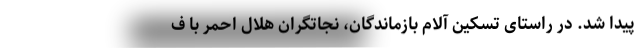
پیدا شد. در راستای تسکین آلام بازماندگان، نجاتگران هلال احمر با ف